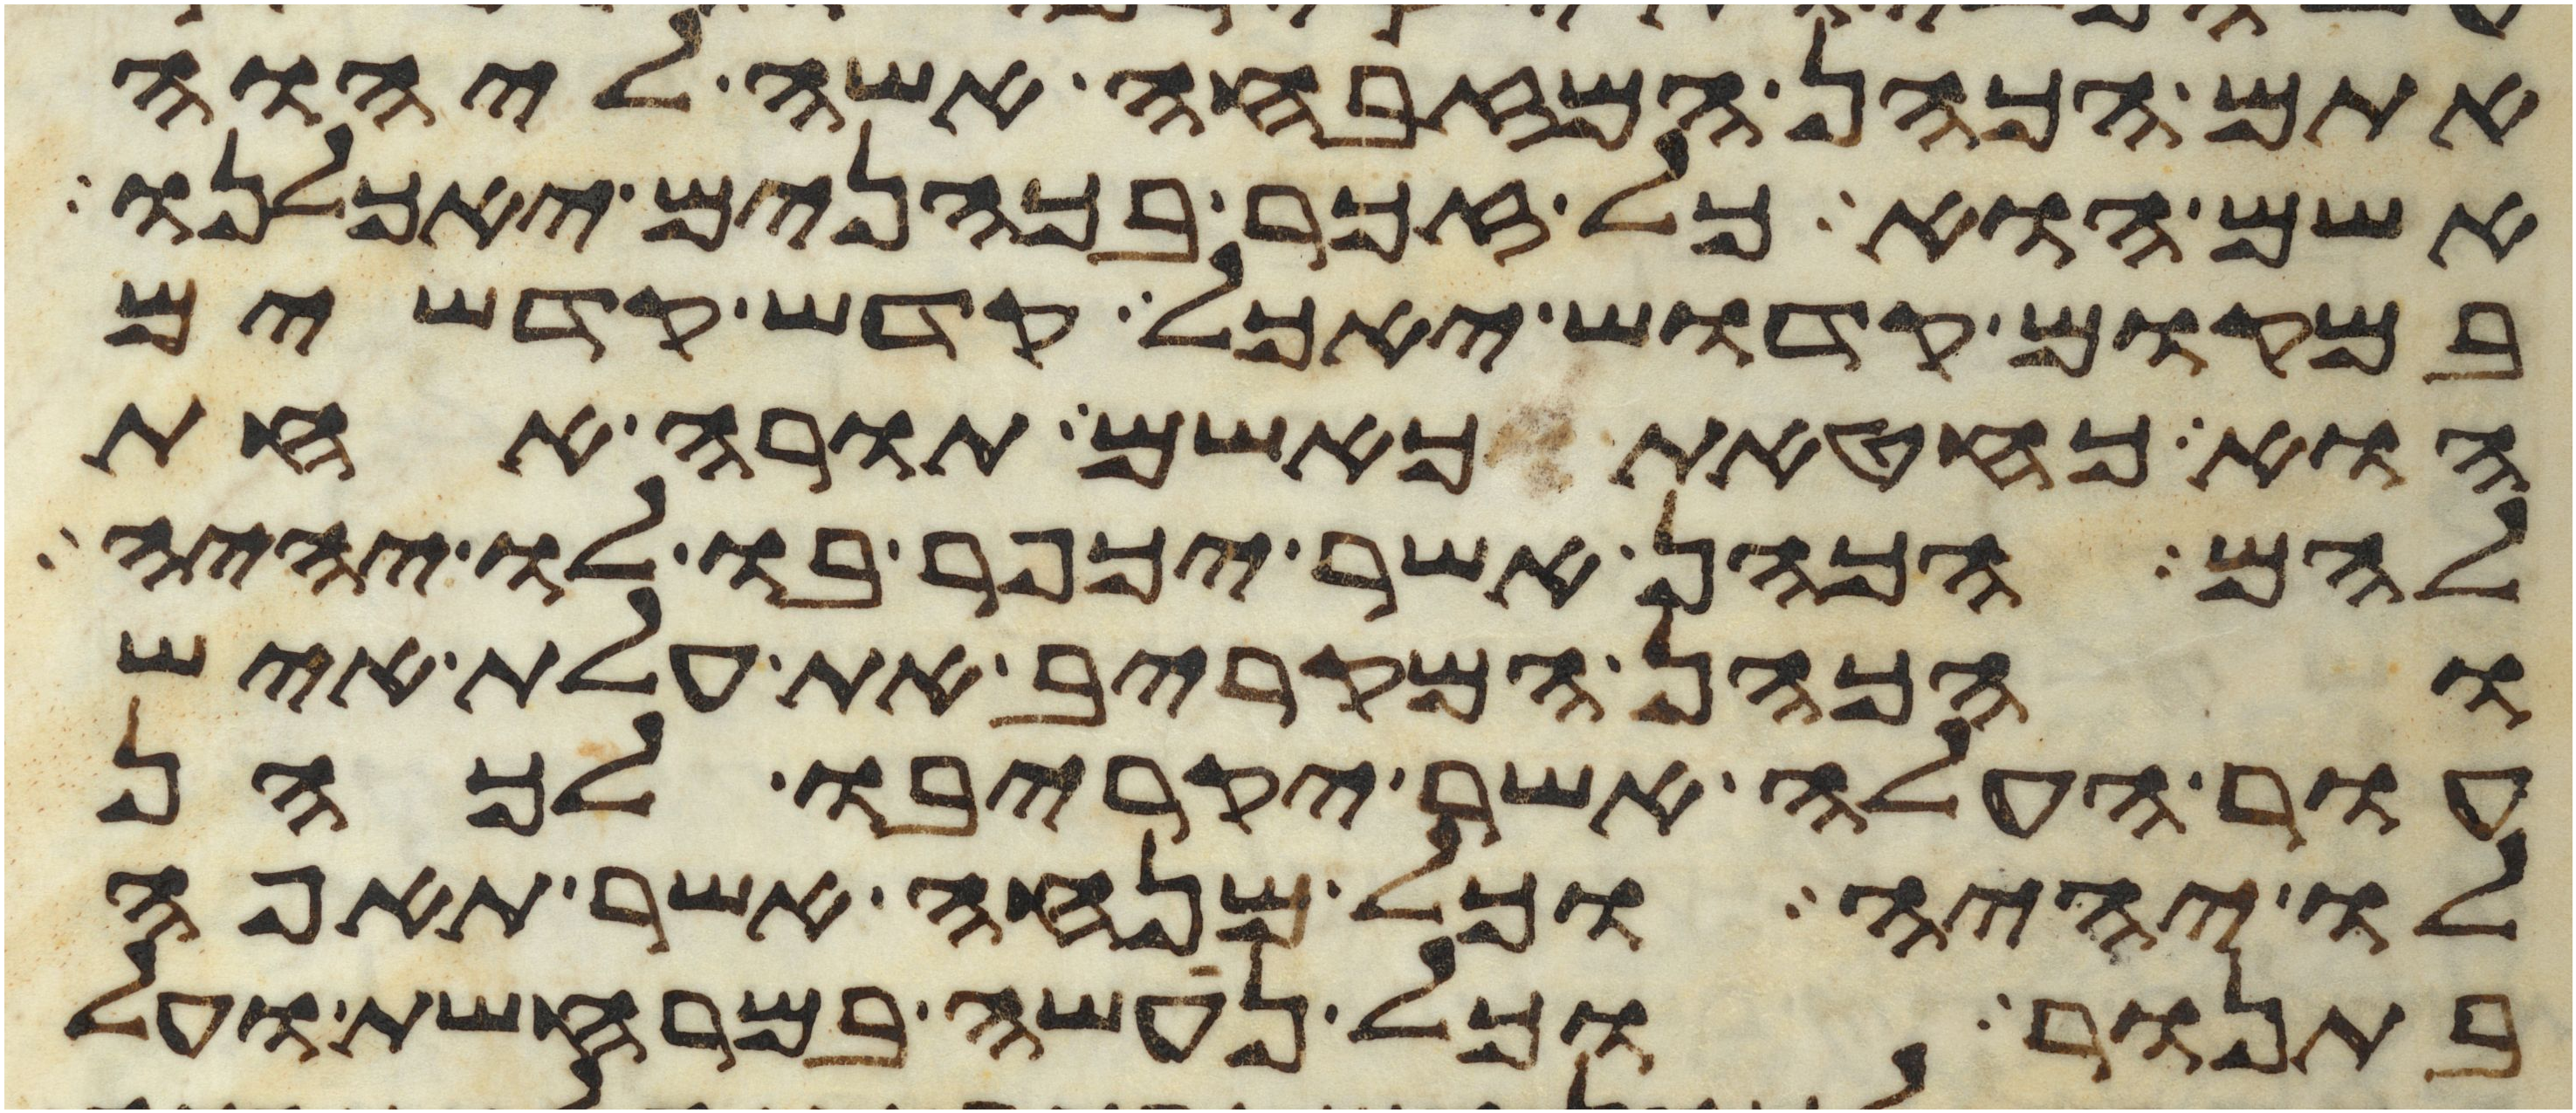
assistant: אתם הכהן המזבחה אשה ליהוה
אשם הוא כל זכר בכהנים יאכלנו
במקום קדוש יאכל קדש קדשים
הוא כחטאת כאשם תורה אחת
להם הכהן אשר יכפר בו לו יהיה
והכהן המקריב את עלת איש
עור העלה אשר יקריבו לכהן
לו יהיה וכל מנחה אשר תאפה
בתנור וכל נעשה במרחשת ועל